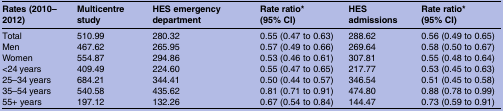
| Rates (2010–2012) | Multicentre study | HES emergency department | Rate ratio* (95% CI) | HES admissions | Rate ratio* (95% CI) |
 | --- | --- | --- | --- | --- | --- |
 | Total | 510.99 | 280.32 | 0.55 (0.47 to 0.63) | 288.62 | 0.56 (0.49 to 0.65) |
 | Men | 467.62 | 265.95 | 0.57 (0.49 to 0.66) | 269.64 | 0.58 (0.50 to 0.67) |
 | Women | 554.87 | 294.86 | 0.53 (0.46 to 0.61) | 307.81 | 0.55 (0.48 to 0.64) |
 | <24 years | 409.49 | 224.60 | 0.55 (0.47 to 0.65) | 217.77 | 0.53 (0.45 to 0.63) |
 | 25–34 years | 684.21 | 344.41 | 0.50 (0.44 to 0.57) | 346.54 | 0.51 (0.45 to 0.58) |
 | 35–54 years | 540.58 | 435.62 | 0.81 (0.71 to 0.91) | 474.80 | 0.88 (0.78 to 0.99) |
 | 55+ years | 197.12 | 132.26 | 0.67 (0.54 to 0.84) | 144.47 | 0.73 (0.59 to 0.91) |